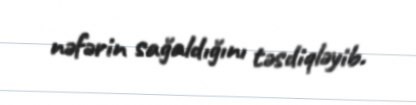
nəfərin sağaldığını təsdiqləyib.